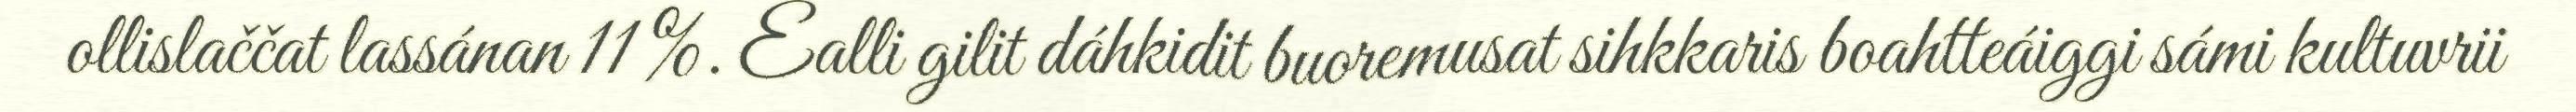
ollislaččat lassánan 11 %. Ealli gilit dáhkidit buoremusat sihkkaris boahtteáiggi sámi kultuvrii